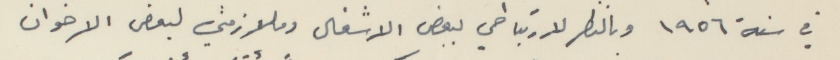
في سنة ١٩٥٦ وبالنظر لارتباطي ببعض الاشغال وملازمتي لبعض الاخوان